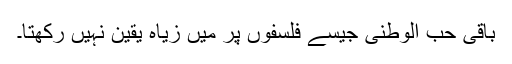
باقی حب الوطنی جیسے فلسفوں پر میں زیاہ یقین نہیں رکھتا۔